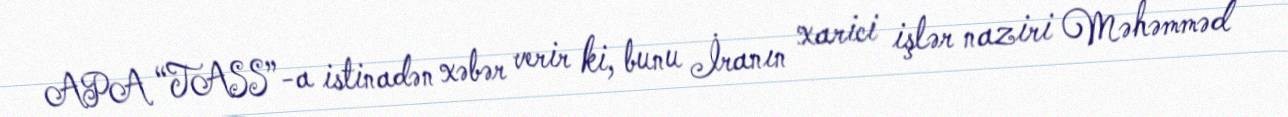
APA “TASS”-a istinadən xəbər verir ki, bunu İranın xarici işlər naziri Məhəmməd